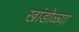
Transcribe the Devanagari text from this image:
खांडोळ्या